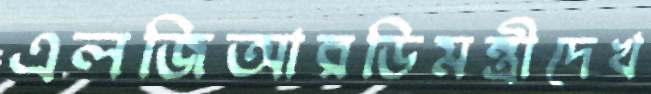
এলজিআরডিমন্ত্রীদেখ